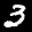
Label: 3